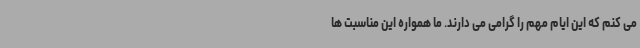
می کنم که این ایام مهم را گرامی می دارند. ما همواره این مناسبت ها